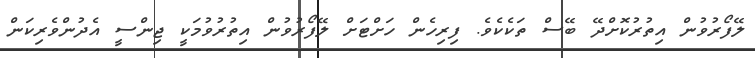
ލޭފޯރުވުން އިތުރުކޮށްދޭ ބޭސް ތަކެކެވެ. ފިރިހެން ހަށްޓަށް ލޭފޯރުވުން އިތުރުވުމަކީ ޖިންސީ އެދުންވެރިކަން